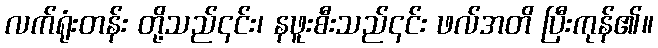
လက်ရုံးတန်း တို့သည်၎င်း၊ နဖူးစီးသည်၎င်း ဖလ်အတိ ပြီးကုန်၏။